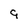
Character: 9